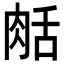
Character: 𦧘